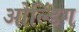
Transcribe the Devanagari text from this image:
ओल्डिंग